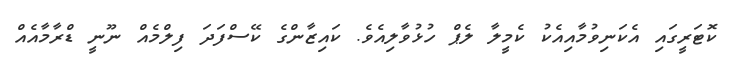
ކޮޓަރީގައި އެކަނިވުމާއިއެކު ކެމީލާ ލެޕް ހުޅުވާލިއެވެ. ކައިޒާންގެ ކޭސްފަދަ ފިލްމެއް ނޫނީ ޑްރާމާއެއް